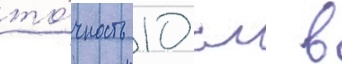
то́чность 10 см в